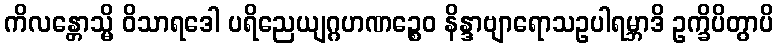
ကိလန္တောသ္မိ ဝိသာရဒေါ ပရိညေယျဂ္ဂဟဏဉ္စေဝ နိန္ဒာဗျာရောသဥပါရမ္ဘာဒိ ဥက္ခိပိတွာပိ